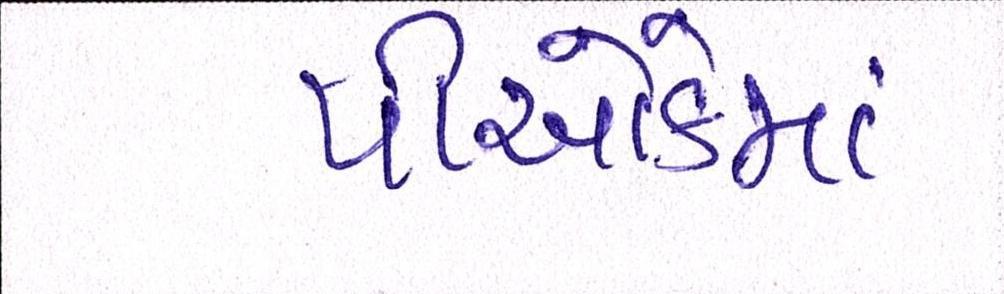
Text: પીઓકેમાં